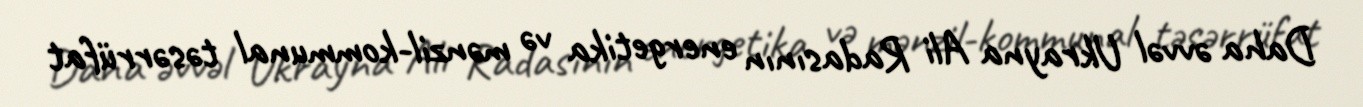
Daha əvvəl Ukrayna Ali Radasının energetika və mənzil-kommunal təsərrüfat